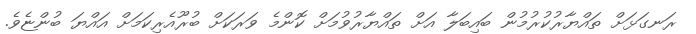
ރަނގަޅަށް ތައްޔާރުކުރުމުން ބައިބަލާ އަށް ތައްޔާރުވުމަށް ކޮންމެ ވަރަކަށް ބުރޫއެރިކަމަށް އައްޔަ ބުންޏެވެ.